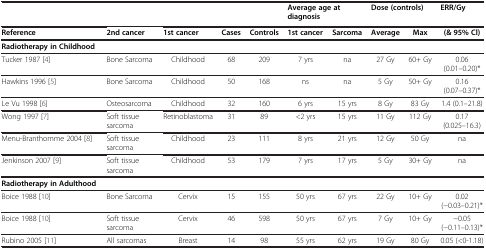
|  |  |  |  |  | <COLSPAN=2> Average age at diagnosis | <COLSPAN=2> Dose (controls) | ERR/Gy |
 | --- | --- | --- | --- | --- | --- | --- | --- | --- | --- |
 | Reference | 2nd cancer | 1st cancer | Cases | Controls | 1st cancer | Sarcoma | Average | Max | (& 95% Cl) |
 | Radiotherapy in Childhood |  |  |  |  |  |  |  |  |  |
 | Tucker 1987 [4] | Bone Sarcoma | Childhood | 68 | 209 | 7 yrs | na | 27 Gy | 60+ Gy | 0.06 (0.01–0.20)* |
 | Hawkins 1996 [5] | Bone Sarcoma | Childhood | 50 | 168 | ns | na | 5 Gy | 50+ Gy | 0.16 (0.07–0.37)* |
 | Le Vu 1998 [6] | Osteosarcoma | Childhood | 32 | 160 | 6 yrs | 15 yrs | 8 Gy | 83 Gy | 1.4 (0.1–21.8) |
 | Wong 1997 [7] | Soft tissue sarcoma | Retinoblastoma | 31 | 89 | <2 yrs | 15 yrs | 11 Gy | 112 Gy | 0.17 (0.025–16.3) |
 | Menu-Branthomme 2004 [8] | Soft tissue sarcoma | Childhood | 23 | 111 | 8 yrs | 21 yrs | 12 Gy | 50 Gy | na |
 | Jenkinson 2007 [9] | Soft tissue sarcoma | Childhood | 53 | 179 | 7 yrs | 17 yrs | 5 Gy | 30+ Gy | na |
 | Radiotherapy in Adulthood |  |  |  |  |  |  |  |  |  |
 | Boice 1988 [10] | Bone Sarcoma | Cervix | 15 | 155 | 50 yrs | 67 yrs | 22 Gy | 10+ Gy | 0.02 (−0.03–0.21)* |
 | Boice 1988 [10] | Soft tissue sarcoma | Cervix | 46 | 598 | 50 yrs | 67 yrs | 7 Gy | 10+ Gy | −0.05 (−0.11–0.13)* |
 | Rubino 2005 [11] | All sarcomas | Breast | 14 | 98 | 55 yrs | 62 yrs | 19 Gy | 80 Gy | 0.05 (<0-1.18) |